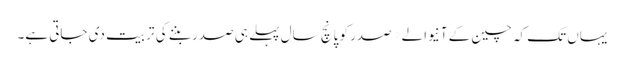
یہاں تک کہ چین کے آنیوالے*صدر کو پانچ سال پہلے ہی صدر بننے کی تربیت دی جاتی ہے۔